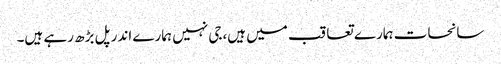
سانحات ہمارے تعاقب میں ہیں،جی نہیں ہمارے اندر پل بڑھ رہے ہیں۔